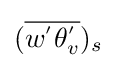
({\overline {w^{'}\theta _{v}^{'}}})_{s}